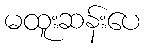
မထူးဆန်းပေ